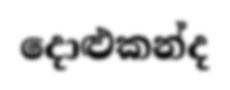
දොළුකන්ද